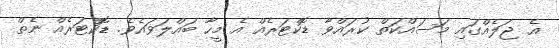
އެ ޖަލެއްގައި މަސައްކަތް ކުރައްވާ ޑޮކްޓަރެއް އެ މީހާ ބައްލަވައެވެ. ޑޮކްޓަރެއް ނެތް